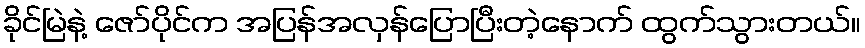
ခိုင်မြဲနဲ့ ဇော်ပိုင်က အပြန်အလှန်ပြောပြီးတဲ့နောက် ထွက်သွားတယ်။